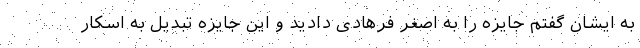
به ایشان گفتم جایزه را به اصغر فرهادی دادید و این جایزه تبدیل به اسکار